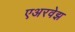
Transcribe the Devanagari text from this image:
एअरवेझ